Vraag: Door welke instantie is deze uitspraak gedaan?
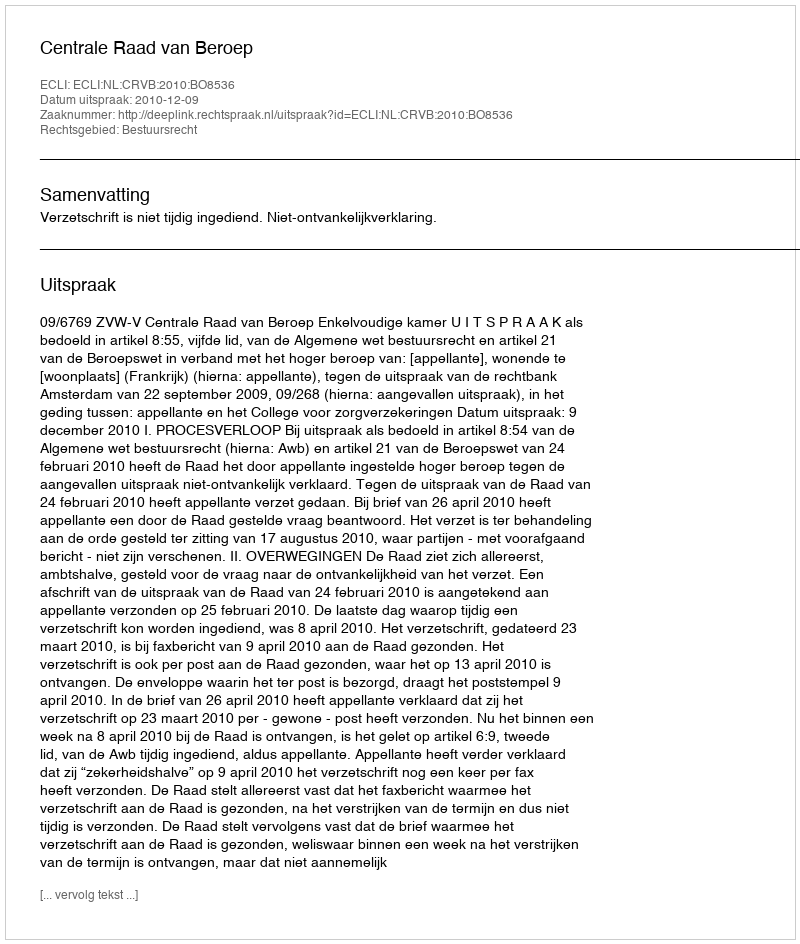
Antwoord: Centrale Raad van Beroep